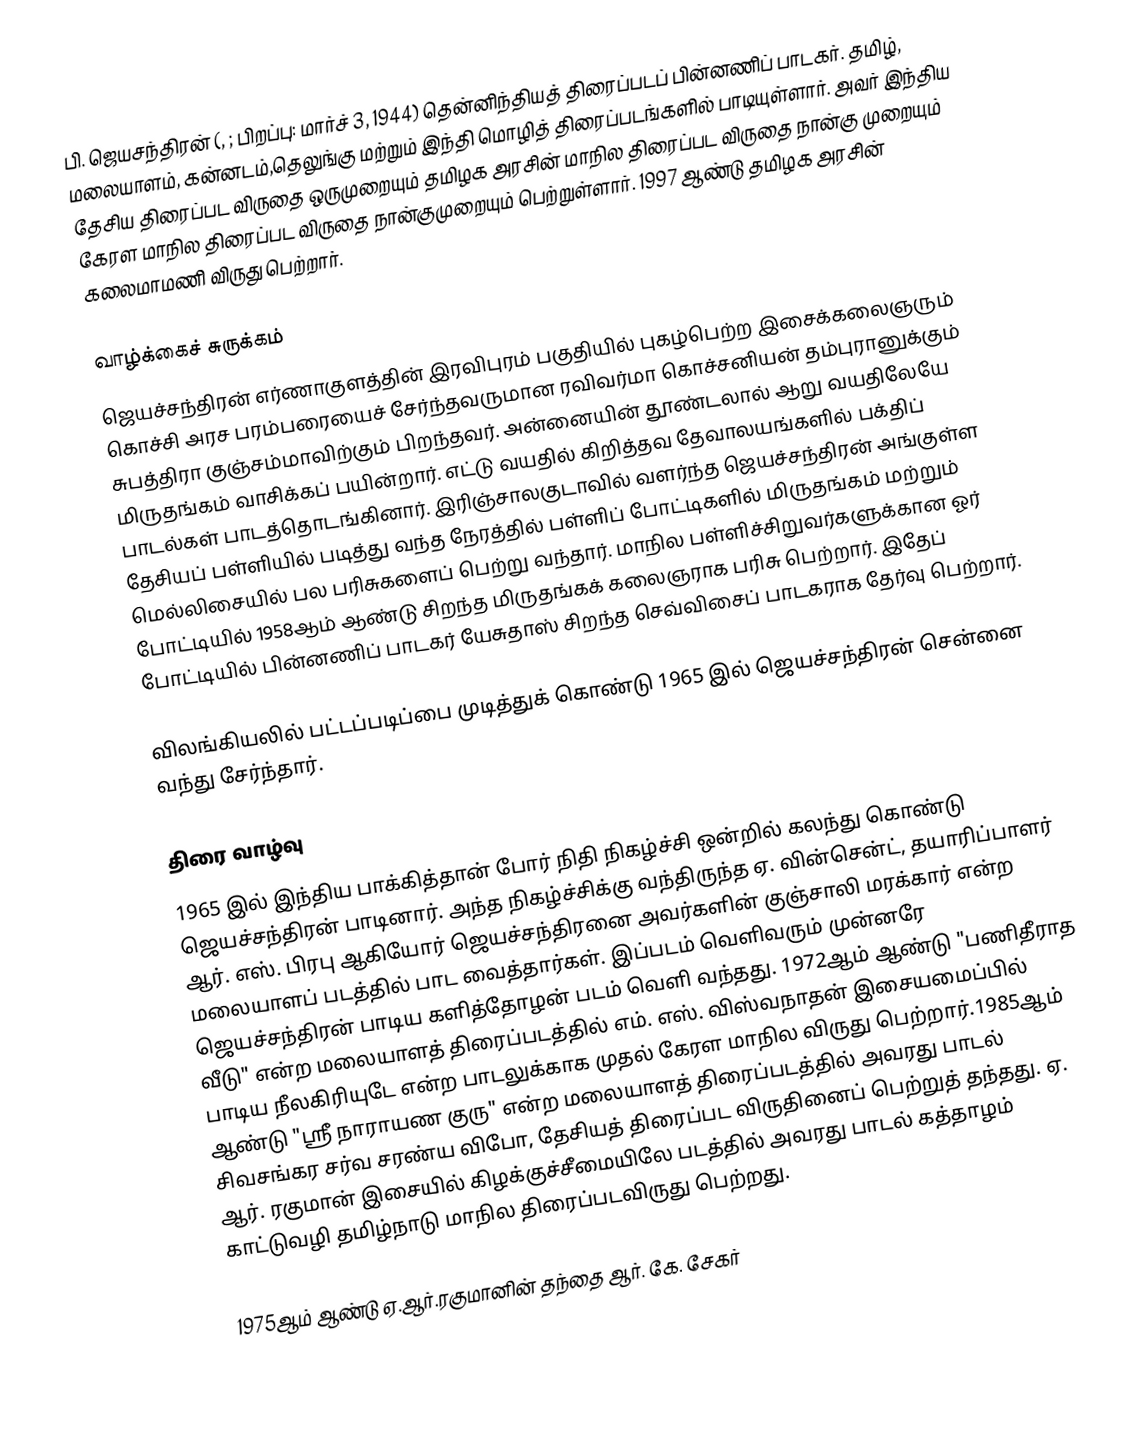
பி. ஜெயசந்திரன் (, ; பிறப்பு: மார்ச் 3, 1944) தென்னிந்தியத் திரைப்படப் பின்னணிப் பாடகர். தமிழ், மலையாளம், கன்னடம்,தெலுங்கு மற்றும் இந்தி மொழித் திரைப்படங்களில் பாடியுள்ளார். அவர் இந்திய தேசிய திரைப்பட விருதை ஒருமுறையும்  தமிழக அரசின் மாநில திரைப்பட விருதை நான்கு முறையும் கேரள மாநில திரைப்பட விருதை நான்குமுறையும் பெற்றுள்ளார். 1997 ஆண்டு தமிழக அரசின் கலைமாமணி விருது பெற்றார்.

வாழ்க்கைச் சுருக்கம்
ஜெயச்சந்திரன் எர்ணாகுளத்தின் இரவிபுரம் பகுதியில் புகழ்பெற்ற இசைக்கலைஞரும் கொச்சி அரச பரம்பரையைச் சேர்ந்தவருமான ரவிவர்மா கொச்சனியன் தம்புரானுக்கும் சுபத்திரா குஞ்சம்மாவிற்கும் பிறந்தவர். அன்னையின் தூண்டலால் ஆறு வயதிலேயே மிருதங்கம் வாசிக்கப் பயின்றார். எட்டு வயதில் கிறித்தவ தேவாலயங்களில் பக்திப் பாடல்கள் பாடத்தொடங்கினார். இரிஞ்சாலகுடாவில் வளர்ந்த ஜெயச்சந்திரன் அங்குள்ள தேசியப் பள்ளியில் படித்து வந்த நேரத்தில் பள்ளிப் போட்டிகளில் மிருதங்கம் மற்றும் மெல்லிசையில் பல பரிசுகளைப் பெற்று வந்தார். மாநில பள்ளிச்சிறுவர்களுக்கான ஓர் போட்டியில் 1958ஆம் ஆண்டு சிறந்த மிருதங்கக் கலைஞராக பரிசு பெற்றார். இதேப் போட்டியில் பின்னணிப் பாடகர் யேசுதாஸ் சிறந்த செவ்விசைப் பாடகராக தேர்வு பெற்றார்.

விலங்கியலில் பட்டப்படிப்பை முடித்துக் கொண்டு 1965 இல் ஜெயச்சந்திரன் சென்னை வந்து சேர்ந்தார்.

திரை வாழ்வு
1965 இல் இந்திய பாக்கித்தான் போர் நிதி நிகழ்ச்சி ஒன்றில் கலந்து கொண்டு ஜெயச்சந்திரன் பாடினார். அந்த நிகழ்ச்சிக்கு வந்திருந்த ஏ. வின்சென்ட், தயாரிப்பாளர் ஆர். எஸ். பிரபு ஆகியோர் ஜெயச்சந்திரனை அவர்களின் குஞ்சாலி மரக்கார் என்ற மலையாளப் படத்தில் பாட வைத்தார்கள். இப்படம் வெளிவரும் முன்னரே ஜெயச்சந்திரன் பாடிய களித்தோழன் படம் வெளி வந்தது. 1972ஆம் ஆண்டு "பணிதீராத வீடு" என்ற மலையாளத் திரைப்படத்தில் எம். எஸ். விஸ்வநாதன் இசையமைப்பில் பாடிய நீலகிரியுடே என்ற பாடலுக்காக முதல் கேரள மாநில விருது பெற்றார்.1985ஆம் ஆண்டு "ஸ்ரீ நாராயண குரு" என்ற மலையாளத் திரைப்படத்தில் அவரது பாடல் சிவசங்கர சர்வ சரண்ய விபோ, தேசியத் திரைப்பட விருதினைப் பெற்றுத் தந்தது. ஏ. ஆர். ரகுமான் இசையில் கிழக்குச்சீமையிலே படத்தில் அவரது பாடல் கத்தாழம் காட்டுவழி தமிழ்நாடு மாநில திரைப்படவிருது பெற்றது.

1975ஆம் ஆண்டு ஏ.ஆர்.ரகுமானின் தந்தை ஆர். கே. சேகர்